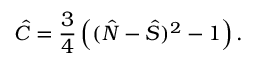
\hat { C } = \frac { 3 } { 4 } \left( ( \hat { \cal N } - \hat { S } ) ^ { 2 } - 1 \right) .